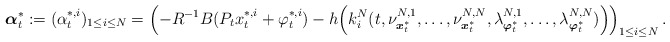
\begin{align*}\boldsymbol{\alpha}_t^*:=(\alpha_t^{*,i})_{1\leq i\leq N}=\left(-R^{-1}B(P_tx_t^{*,i}+\varphi_t^{*,i})-h\Big(k_i^N(t,\nu^{N,1}_{\boldsymbol{x}^*_t},\ldots,\nu^{N,N}_{\boldsymbol{x}^*_t},\lambda^{N,1}_{\boldsymbol{\varphi}^*_t},\ldots,\lambda^{N,N}_{\boldsymbol{\varphi}^*_t})\Big)\right)_{1\leq i\leq N}.\end{align*}